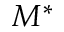
M ^ { * }